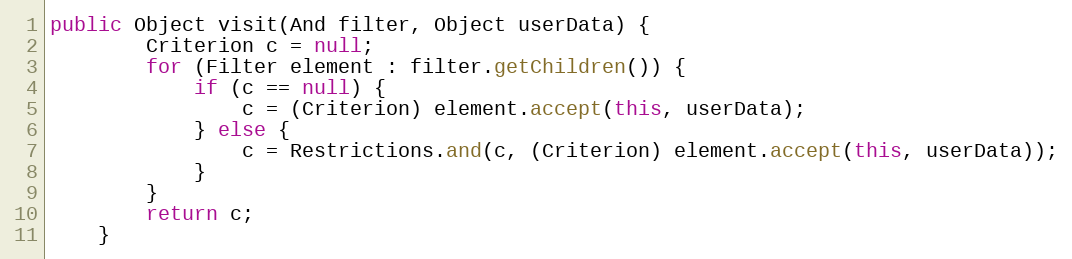
Language: Java
public Object visit(And filter, Object userData) {
		Criterion c = null;
		for (Filter element : filter.getChildren()) {
			if (c == null) {
				c = (Criterion) element.accept(this, userData);
			} else {
				c = Restrictions.and(c, (Criterion) element.accept(this, userData));
			}
		}
		return c;
	}